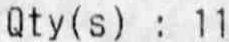
QTY(S) : 11